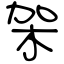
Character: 架